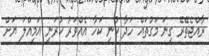
ރާއްޖެތޭރޭ ގިނަ މަގުތައް ހަދާ ކުނި ކަހާ އެއްވަރު ކުރަނީ އަމިއްލަ ޔަށް